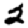
Digit: 2